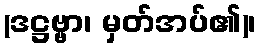
(ဒဋ္ဌဗ္ဗာ၊ မှတ်အပ်၏)၊